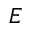
E